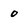
Character: 0